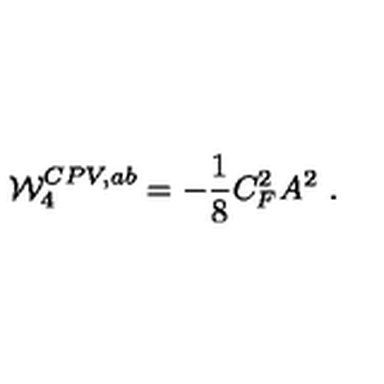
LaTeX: { \cal W } _ { 4 } ^ { C P V , a b } = - { \frac { 1 } { 8 } } C _ { F } ^ { 2 } A ^ { 2 } \ .